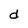
Character: d